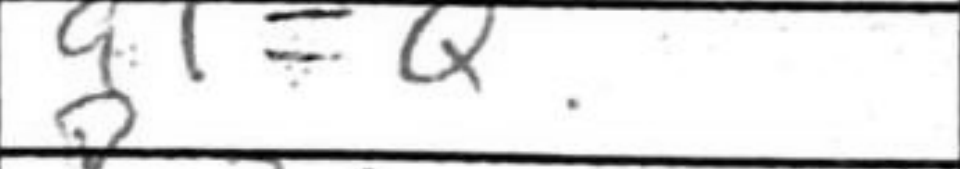
Transcription: a1=Q